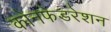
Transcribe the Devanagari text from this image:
कोनफेडरेशन